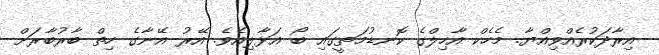
އިރާދަކުރެއްވިއްޔާ. މެހެކް އާހިލްގެ ކޮނޑުމަތީގައި ބޯ އަޅާލިއެވެ. އޭރު އޭނާގެ ހިތް ބާރުބާރަށް